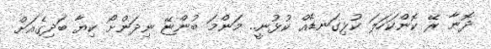
ދޮނާ ރޭ ކޮންކަހަލަ ކުޅިގަނޑެއް ކުޅުނީ.. މަންމަ ބުންޏޭ ނިދަންށޯ ކިޔާ ބަދިގެއަށް